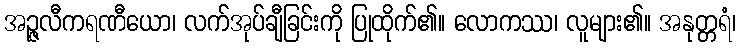
အဉ္ဇလီကရဏီယော၊ လက်အုပ်ချီခြင်းကို ပြုထိုက်၏။ လောကဿ၊ လူများ၏။ အနုတ္တရံ၊